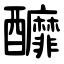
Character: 釄